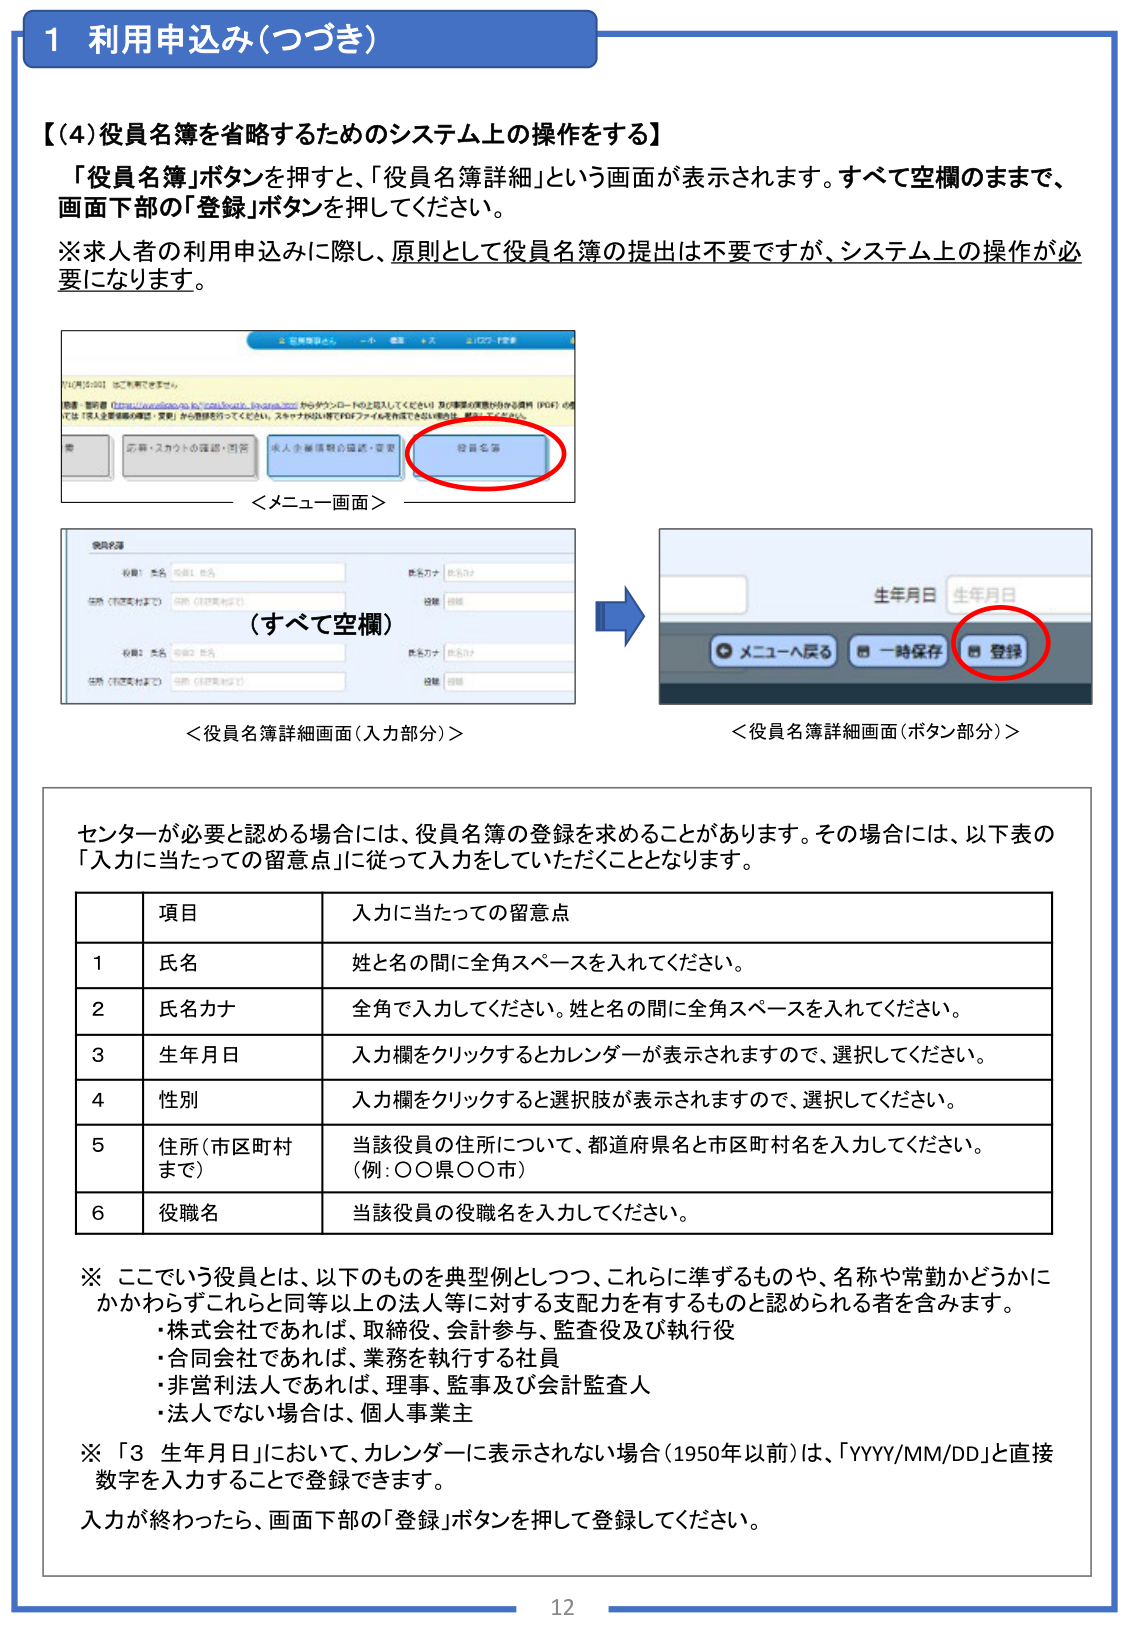
1 利用申込み（つづき）

【（4）役員名簿を省略するためのシステム上の操作をする】
「役員名簿」ボタンを押すと、「役員名簿詳細」という画面が表示されます。すべて空欄のままで、画面下部の「登録」ボタンを押してください。
※求人者の利用申込みに際し、原則として役員名簿の提出は不要ですが、システム上の操作が必要になります。

＜メニュー画面＞
（すべて空欄）
＜役員名簿詳細画面（入力部分）＞
＜役員名簿詳細画面（ボタン部分）＞

センターが必要と認める場合には、役員名簿の登録を求めることがあります。その場合には、以下表の「入力に当たっての留意点」に従って入力をしていただくこととなります。

| 項目 | 入力に当たっての留意点 |
|------|------------------------|
| 1 | 氏名 | 姓と名の間に全角スペースを入れてください。 |
| 2 | 氏名カナ | 全角で入力してください。姓と名の間に全角スペースを入れてください。 |
| 3 | 生年月日 | 入力欄をクリックするとカレンダーが表示されますので、選択してください。 |
| 4 | 性別 | 入力欄をクリックすると選択肢が表示されますので、選択してください。 |
| 5 | 住所（市区町村まで） | 当該役員の住所について、都道府県名と市区町村名を入力してください。（例：○○県○○市） |
| 6 | 役職名 | 当該役員の役職名を入力してください。 |

※ここでいう役員とは、以下のものを典型例としてつ、これらに準ずるものや、名称や常勤かどうかにかかわらずこれらと同等以上の法人等に対する支配力を有するものと認められる者を含みます。
・株式会社であれば、取締役、会計参与、監査役及び執行役
・合同会社であれば、業務を執行する社員
・非営利法人であれば、理事、監事及び会計監査人
・法人でない場合は、個人事業主

※「3 生年月日」において、カレンダーに表示されない場合（1950年以前）は、「YYYY/MM/DD」と直接数字を入力することで登録できます。
入力が終わったら、画面下部の「登録」ボタンを押して登録してください。

12